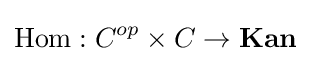
\operatorname {Hom} :C^{op}\times C\to \mathbf {Kan}